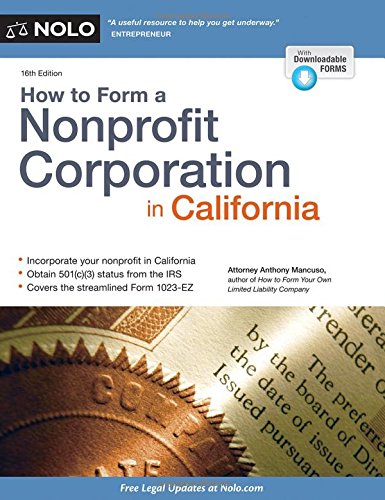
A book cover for How to Form a Nonprofit Corporation in California; Anthony Mancuso Attorney; Law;